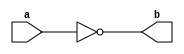
// Synthesizable circuit (the "device-under-test")

module Demo (a,b);
	input a;
	output b;

	assign b = ~a;

endmodule